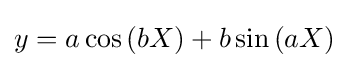
y=a\cos \left(bX\right)+b\sin \left(aX\right)